Annual report of the Punjab Veterinary College and of the Civil Veterinary Department, Punjab - 1920-1925
Year: 1920
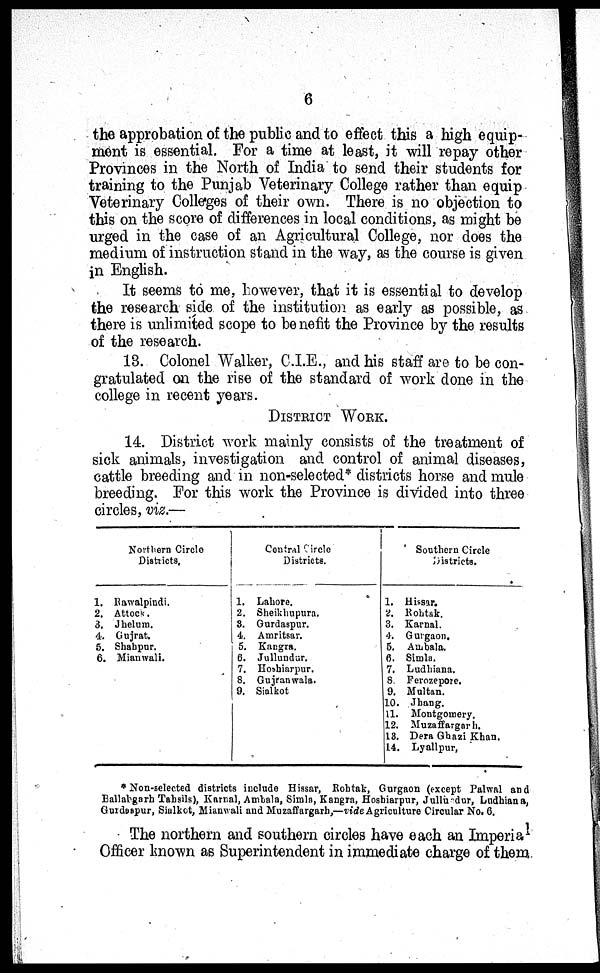
6
the approbation of the public and to effect this a high equip-
ment is essential. For a time at least, it will repay other
Provinces in the North of India to send their students for
training to the Punjab Veterinary College rather than equip
Veterinary Colleges of their own. There is no objection to
this on the score of differences in local conditions, as might be
urged in the case of an Agricultural College, nor does the
medium of instruction stand in the way, as the course is given
in English.
It seems to me, however, that it is essential to develop
the research side of the institution as early as possible, as
there is unlimited scope to be nefit the Province by the results
of the research.
13. Colonel Walker, C.I.E., and his staff are to be con-
gratulated on the rise of the standard of work done in the
college in recent years.
DISTRICT WORK.
14. District work mainly consists of the treatment of
sick animals, investigation and control of animal diseases,
cattle breeding and in non-selected* districts horse and mule
breeding. For this work the Province is divided into three
circles, viz.—
Nort hern Ci rcl e
Di st ri ct s.
1. Rawal pi ndi .
2. At t ock .
3. Jhel um.
4. Guj rat .
5. Shahpur.
6. Ml anwal i .
Cont rol Ci rcl e
Districts.
1. Lahore.
2. Shei khupura.
3. Gurdaspur.
4. Amri t sar.
5. Kangra.
6. Jullundur.
7. Hoshi arpur.
8. Guj ranwal a.
9. Si al kot
Sout hern Ci rcl e
Districts.
1. Hi ssar.
2. Roht ak.
3. Karnal.
4. Gurgaon.
5. Ambal a.
6. Si ml a.
7. Ludhi ana.
8. Ferozepore.
9. Mul t an.
10. Jhang.
11. Mont gomery.
12. Muzaffargarh.
13. Dera Ghazi Khan.
14. Lyallpur,
* Non-sel ect ed districts i ncl ude Hi ssar, Roht ak, Gur gaon (except Pal wal and
Bal l ahgarh Tahsils), Karnal , Ambal a, Si ml a, Kangra, Hoshi arpur, Jullundur, Ludhi ana,
Gurdaspur, Sialkot, Mi anwal i and Muzaffargarh, —vi de Agri cul t ure Ci rcul ar No. 6.
The northern and southern circles have each an Imperial
Officer known as Superintendent in immediate charge of them